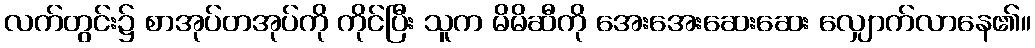
လက်တွင်း၌ စာအုပ်တအုပ်ကို ကိုင်ပြီး သူက မိမိဆီကို အေးအေးဆေးဆေး လျှောက်လာနေ၏။